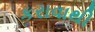
કરાવાથી